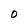
Character: O